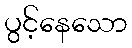
ပွင့်နေသော